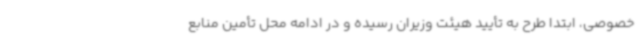
خصوصی، ابتدا طرح به تأیید هیئت وزیران رسیده و در ادامه محل تأمین منابع